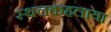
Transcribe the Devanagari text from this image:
स्थलकहलाया